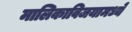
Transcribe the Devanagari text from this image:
मालिकाविजयामध्ये